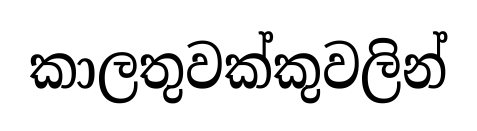
කාලතුවක්කුවලින්